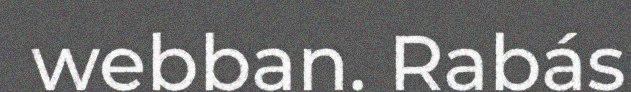
webban. Rabás